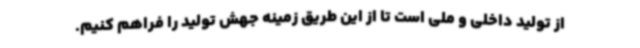
از تولید داخلی و ملی است تا از این طریق زمینه جهش تولید را فراهم کنیم.